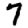
Digit: 7